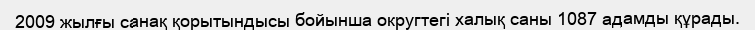
2009 жылғы санақ қорытындысы бойынша округтегі халық саны 1087 адамды құрады.